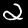
Label: 2